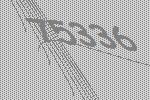
75336